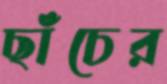
ছাঁচের